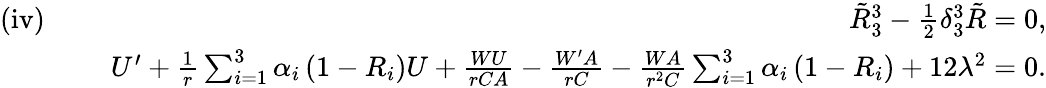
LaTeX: \begin{array}{rlr}{\mathrm{(iv)}\, \, }&{}&{\tilde{R}_{3}^{3}-\frac{1}{2}\delta_{3}^{3}\tilde{R}=0,}\\ &{}&{U^{\prime}+\frac{1}{r}\sum_{i=1}^{3}\alpha_{i}\left(1-R_{i}\right)U+\frac{WU}{rCA}-\frac{W^{\prime}A}{rC}-\frac{WA}{r^{2}C}\sum_{i=1}^{3}\alpha_{i}\left(1-R_{i}\right)+12\lambda^{2}=0.}\end{array}